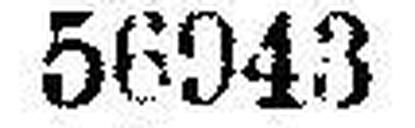
56943